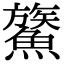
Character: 𩺯